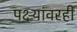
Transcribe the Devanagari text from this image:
पक्ष्यांवरही